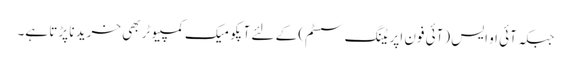
جبکہ آئی او ایس (آئی فون اپریٹنگ سسٹم) کے لئے آپکو میک کمپیوٹر بھی خرید نا پڑتا ہے۔